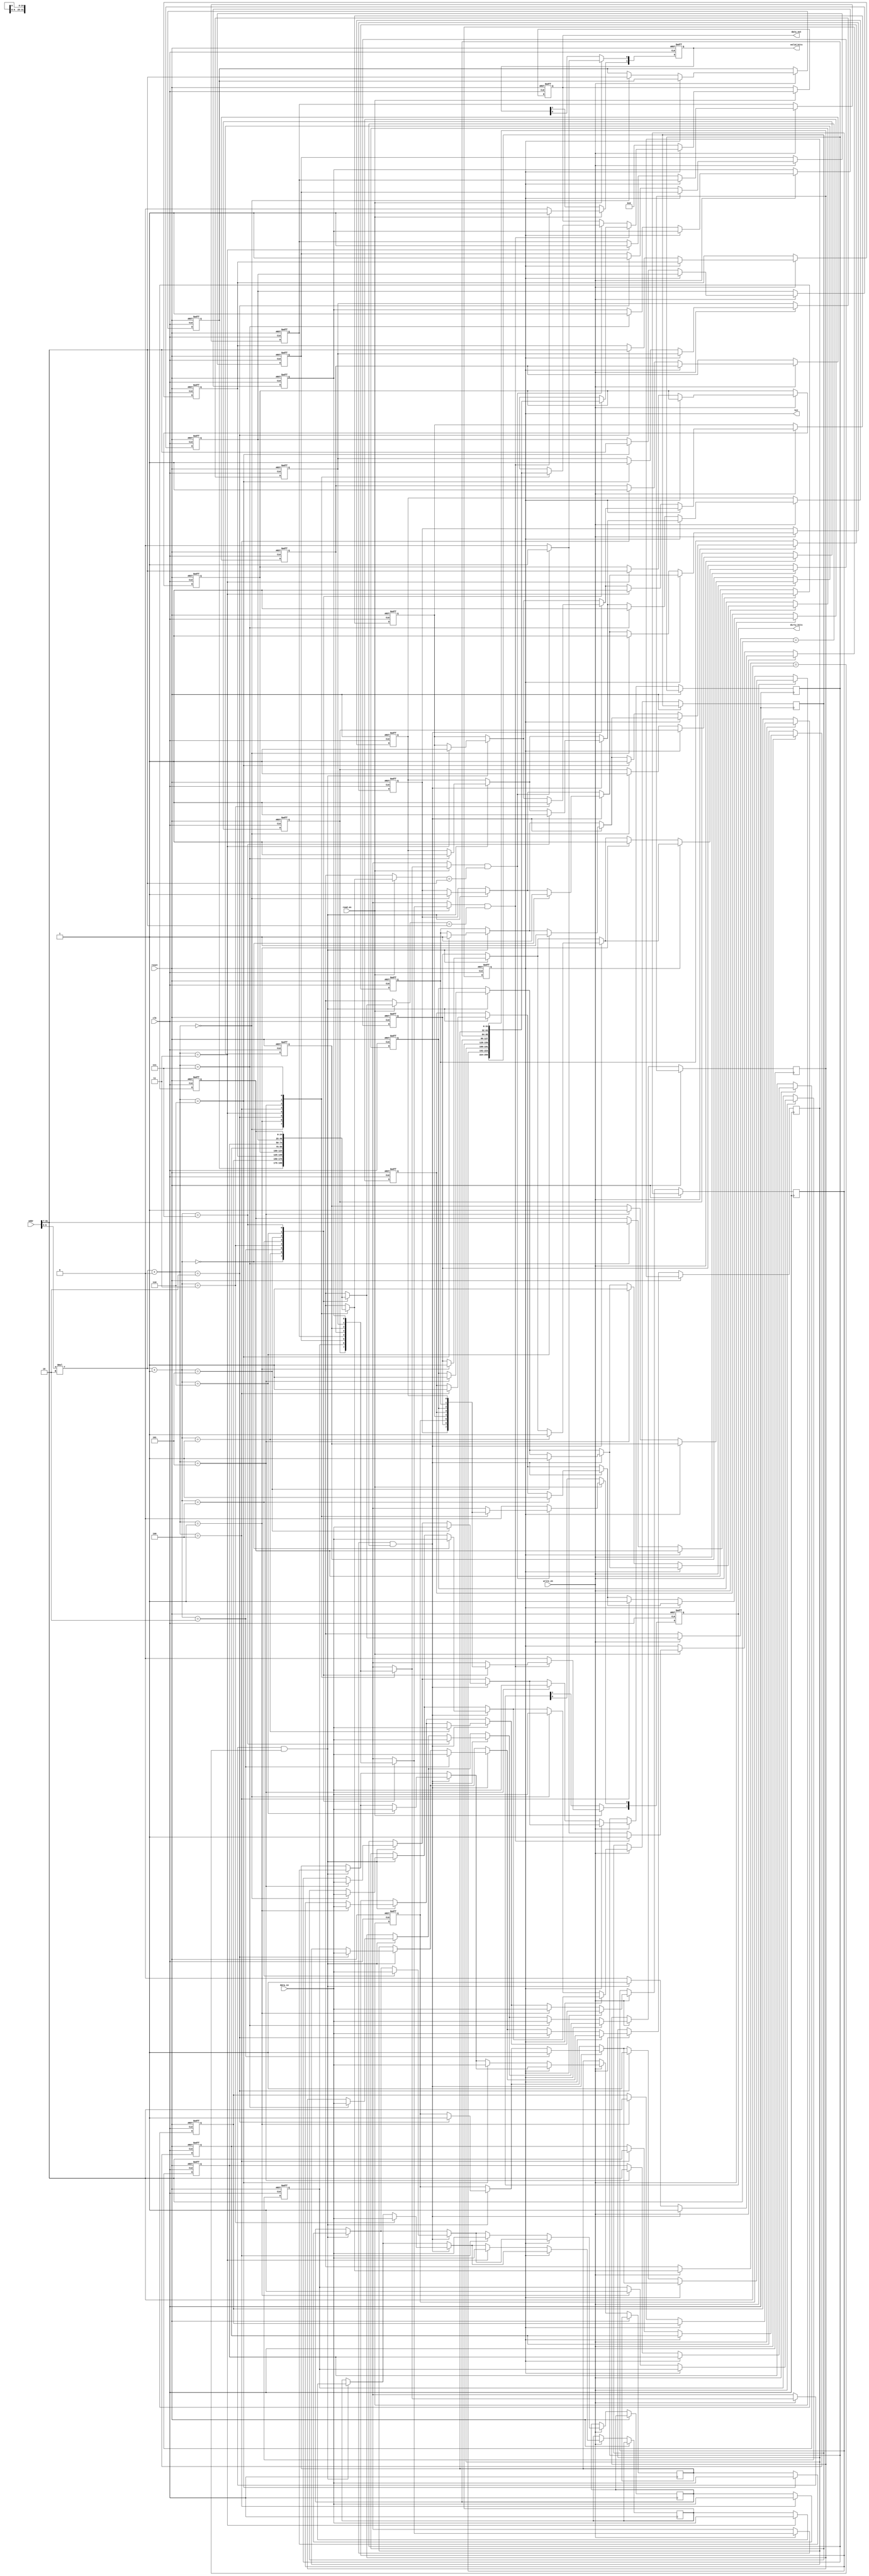
module SetAssociativeCache #(
    parameter ADDR_WIDTH = 32,           // Address width
    parameter DATA_WIDTH = 32,           // Data width
    parameter CACHE_SIZE = 256,          // Total cache size in bytes
    parameter LINE_SIZE = 32,            // Size of each cache line in bytes
    parameter ASSOCIATIVITY = 2          // 2-way set associative
) (
    input wire clk,
    input wire reset,
    input wire [ADDR_WIDTH-1:0] addr,
    input wire [DATA_WIDTH-1:0] data_in,
    input wire read_en,
    input wire write_en,
    output reg [DATA_WIDTH-1:0] data_out,
    output reg hit,
    output reg [ASSOCIATIVITY-1:0] valid_bits,
    output reg [ASSOCIATIVITY-1:0] dirty_bits
);

    localparam NUM_SETS = CACHE_SIZE / (LINE_SIZE * ASSOCIATIVITY);
    localparam TAG_WIDTH = ADDR_WIDTH - $clog2(NUM_SETS) - $clog2(LINE_SIZE);
    
    reg [TAG_WIDTH-1:0] tags[0:NUM_SETS-1][0:ASSOCIATIVITY-1];  // Tag storage
    reg [DATA_WIDTH-1:0] data[0:NUM_SETS-1][0:ASSOCIATIVITY-1];  // Data storage
    reg valid[0:NUM_SETS-1][0:ASSOCIATIVITY-1];                 // Valid bits
    reg dirty[0:NUM_SETS-1][0:ASSOCIATIVITY-1];                 // Dirty bits

    wire [ADDR_WIDTH-1:0] tag;
    wire [ADDR_WIDTH-1:0] index;
    wire [ADDR_WIDTH-1:0] offset;

    assign tag = addr[ADDR_WIDTH-1:ADDR_WIDTH-TAG_WIDTH];
    assign index = addr[$clog2(LINE_SIZE) +: $clog2(NUM_SETS)];
    assign offset = addr[$clog2(LINE_SIZE) - 1:0];

    integer i;

    always @(posedge clk or posedge reset) begin
        if (reset) begin
            // Initialize the cache
            for (i = 0; i < NUM_SETS; i = i + 1) begin
                valid[i][0] = 0; valid[i][1] = 0;
                dirty[i][0] = 0; dirty[i][1] = 0;
                tags[i][0] = 0; tags[i][1] = 0;
            end
            data_out <= 0;
            hit <= 0;
            valid_bits <= 0;
            dirty_bits <= 0;
        end else begin
            // Read operation
            if (read_en) begin
                hit <= 0;
                valid_bits <= 0;
                dirty_bits <= 0;
                for (i = 0; i < ASSOCIATIVITY; i = i + 1) begin
                    if (valid[index][i] && (tags[index][i] == tag)) begin
                        data_out <= data[index][i];
                        hit <= 1;
                        valid_bits[i] <= 1;
                        dirty_bits[i] <= dirty[index][i];
                    end
                end
                if (!hit) begin
                    // Handle cache miss (fetch from memory would be implemented here)
                    data_out <= 0; // Placeholder for memory fetch
                end
            end

            // Write operation
            if (write_en) begin
                hit <= 0;
                for (i = 0; i < ASSOCIATIVITY; i = i + 1) begin
                    if (valid[index][i] && (tags[index][i] == tag)) begin
                        data[index][i] <= data_in;
                        dirty[index][i] <= 1;
                        hit <= 1;
                    end
                end
                // If miss, handle the replacement policy
                if (!hit) begin
                    // Simple replacement policy: evict the first line (could be improved)
                    data[index][0] <= data_in;
                    tags[index][0] <= tag;
                    valid[index][0] <= 1;
                    dirty[index][0] <= 1;
                end
            end
        end
    end
endmodule